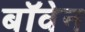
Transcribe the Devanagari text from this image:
बॉवेन